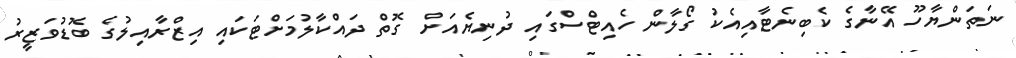
ނަތަންޔާހޫ އޭނާގެ ކެބިނެޓާއިއެކު ގޯލާން ހެއިޓްސްގައި ދުނިޔެއަށް ގޮތް ދައްކާލުމަށްޓަކައި އިޒްރާއިލުގެ ބޮޑުވަޒީރު